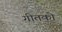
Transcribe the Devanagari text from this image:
गीतको